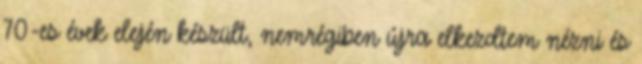
70-es évek elején készült, nemrégiben újra elkezdtem nézni és